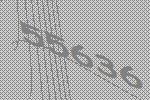
55636